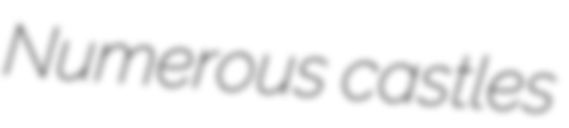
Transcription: Numerous castles